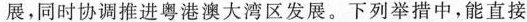
展，同时协调推进粤港澳大湾区发展。下列举措中，能直接